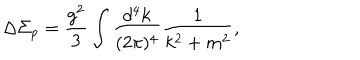
LaTeX: \Delta \Sigma _ { p } = \frac { g ^ { 2 } } 3 \int \frac { d ^ { 4 } k } { ( 2 \pi ) ^ { 4 } } \frac 1 { k ^ { 2 } + m ^ { 2 } } ,